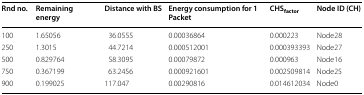
<table><thead><tr><td><b>Rnd no.</b></td><td><b>Remaining energy</b></td><td><b>Distance with BS</b></td><td><b>Energy consumption for 1 Packet</b></td><td><b>CHS<sub>factor</sub></b></td><td><b>Node ID (CH)</b></td></tr></thead><tbody><tr><td>100</td><td>1.65056</td><td>36.0555</td><td>0.00036864</td><td>0.000223</td><td>Node28</td></tr><tr><td>250</td><td>1.3015</td><td>44.7214</td><td>0.000512001</td><td>0.000393393</td><td>Node27</td></tr><tr><td>500</td><td>0.829764</td><td>58.3095</td><td>0.00079872</td><td>0.000963</td><td>Node16</td></tr><tr><td>750</td><td>0.367199</td><td>63.2456</td><td>0.000921601</td><td>0.002509814</td><td>Node25</td></tr><tr><td>900</td><td>0.199025</td><td>117.047</td><td>0.00290816</td><td>0.014612034</td><td>Node0</td></tr></tbody></table>